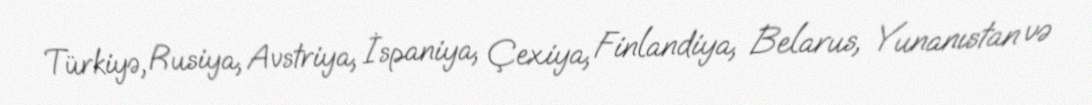
Türkiyə, Rusiya, Avstriya, İspaniya, Çexiya, Finlandiya, Belarus, Yunanıstan və